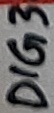
Text: DIG3